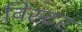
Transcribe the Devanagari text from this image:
विस्टर